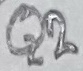
Text: Q2